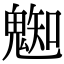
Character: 𩳦